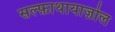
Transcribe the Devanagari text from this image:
सल्फ़ाथायाज़ोल